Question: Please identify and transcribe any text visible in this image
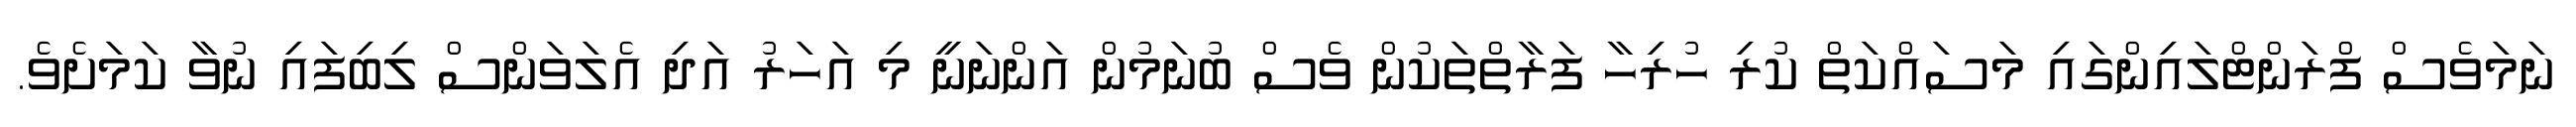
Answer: ނަމަވެސް ފްރަންޓްލައިންގައި މަސައްކަތް ކުރި ހުރިހާ ފަރާތްތަކުން ވެސް ބުނަމުން އަންނަނީ މި އަހަރު އަދި އެލަވަންސް ލިބިފައި ނުވާ ކަމަށެވެ.